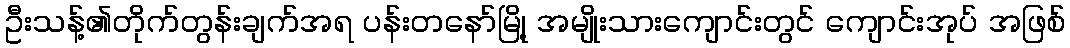
ဦးသန့်၏တိုက်တွန်းချက်အရ ပန်းတနော်မြို့ အမျိုးသားကျောင်းတွင် ကျောင်းအုပ် အဖြစ်